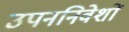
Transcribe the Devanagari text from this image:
उपननिवेशों